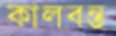
কালবন্ত